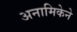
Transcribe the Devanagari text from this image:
अनामिकेने